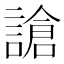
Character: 謒